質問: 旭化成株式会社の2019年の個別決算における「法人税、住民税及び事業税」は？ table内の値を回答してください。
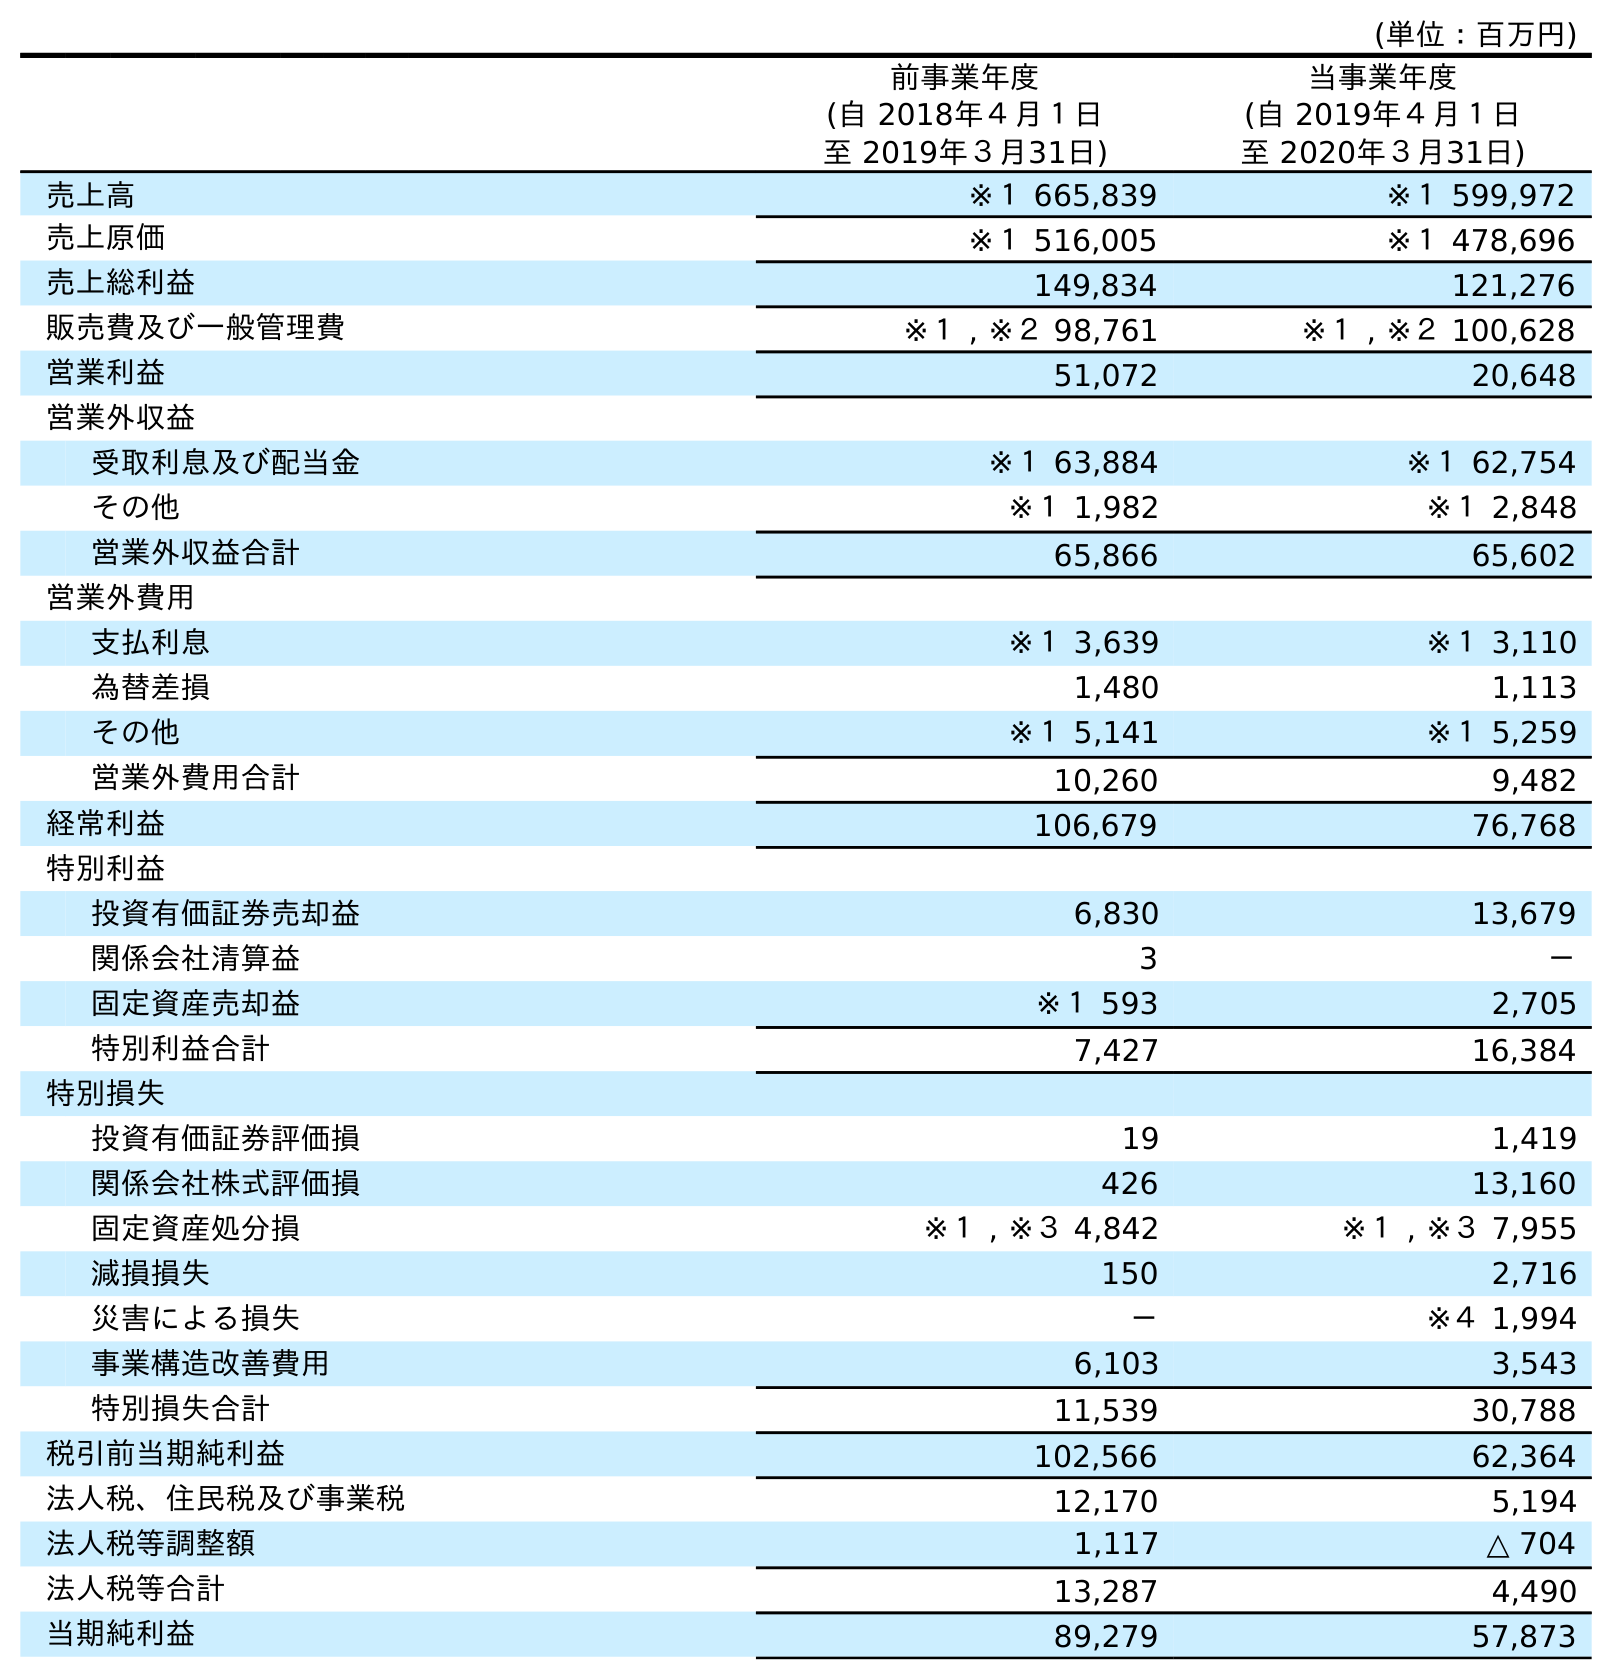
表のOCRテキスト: (単位：百万円) 前事業年度 (自 2018年４月１日 至 2019年３月31日) 当事業年度 (自 2019年４月１日 至 2020年３月31日) 売上高 ※１ 665,839 ※１ 599,972 売上原価 ※１ 516,005 ※１ 478,696 売上総利益 149,834 121,276 販売費及び一般管理費 ※１ , ※２ 98,761 ※１ , ※２ 100,628 営業利益 51,072 20,648 営業外収益 受取利息及び配当金 ※１ 63,884 ※１ 62,754 その他 ※１ 1,982 ※１ 2,848 営業外収益合計 65,866 65,602 営業外費用 支払利息 ※１ 3,639 ※１ 3,110 為替差損 1,480 1,113 その他 ※１ 5,141 ※１ 5,259 営業外費用合計 10,260 9,482 経常利益 106,679 76,768 特別利益 投資有価証券売却益 6,830 13,679 関係会社清算益 3 － 固定資産売却益 ※１ 593 2,705 特別利益合計 7,427 16,384 特別損失 投資有価証券評価損 19 1,419 関係会社株式評価損 426 13,160 固定資産処分損 ※１ , ※３ 4,842 ※１ , ※３ 7,955 減損損失 150 2,716 災害による損失 － ※４ 1,994 事業構造改善費用 6,103 3,543 特別損失合計 11,539 30,788 税引前当期純利益 102,566 62,364 法人税、住民税及び事業税 12,170 5,194 法人税等調整額 1,117 △ 704 法人税等合計 13,287 4,490 当期純利益 89,279 57,873
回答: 12,170